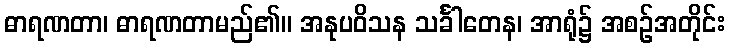
ဓာရဏတာ၊ ဓာရဏတာမည်၏။ အနုပဝိသန သင်္ခါတေန၊ အာရုံ၌ အစဉ်အတိုင်း